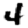
Digit: 4